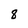
Character: 8